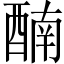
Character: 𨡯